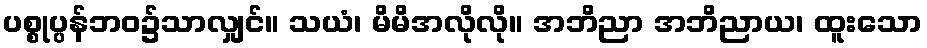
ပစ္စုပ္ပန်ဘဝ၌သာလျှင်။ သယံ၊ မိမိအလိုလို။ အဘိညာ အဘိညာယ၊ ထူးသော